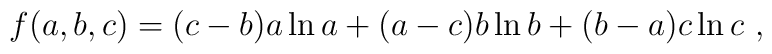
f(a,b,c)=(c-b)a\ln a+(a-c)b\ln b +(b-a)c\ln c~,